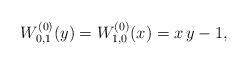
LaTeX: \begin{align*}W^{(0)}_{0,1}(y)=W^{(0)}_{1,0}(x)=x\,y-1,\end{align*}